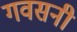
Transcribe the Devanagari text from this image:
गवसनी